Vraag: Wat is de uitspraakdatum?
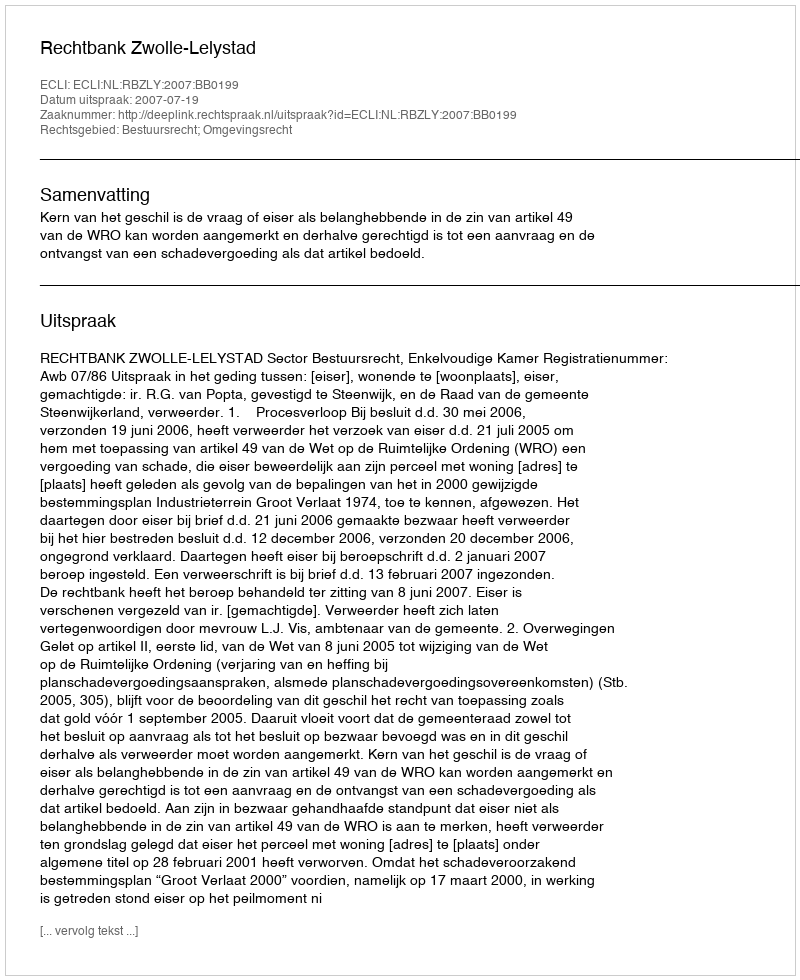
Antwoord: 2007-07-19